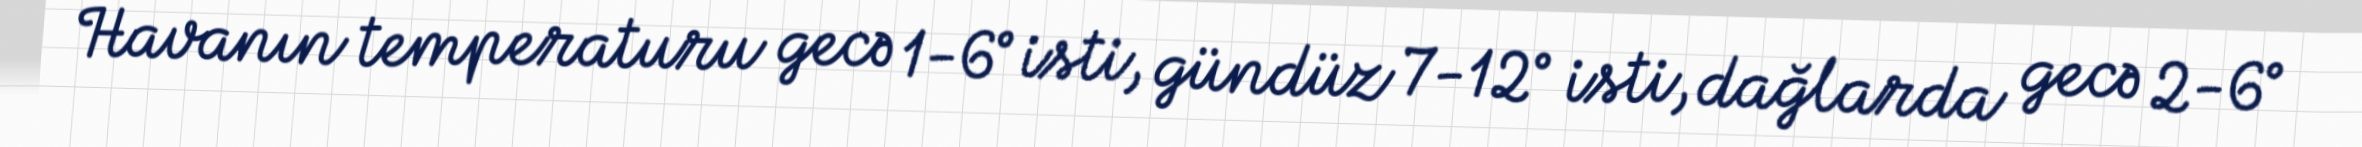
Havanın temperaturu gecə 1-6° isti, gündüz 7-12° isti, dağlarda gecə 2-6°